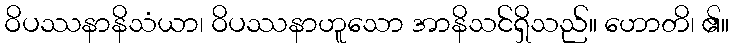
ဝိပဿနာနိသံယာ၊ ဝိပဿနာဟူသော အာနိသင်ရှိသည်။ ဟောတိ၊ ၏။